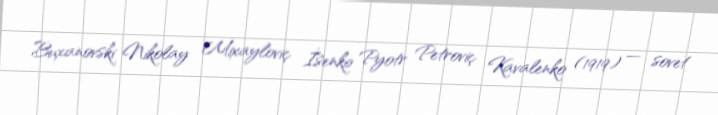
Buxanovski Nikolay Mixayloviç İsenko Pyotr Petroviç Kavalenko (1919) — sovet